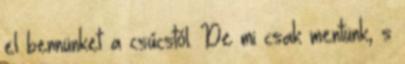
el bennünket a csúcstól. De mi csak mentünk, s